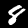
Label: 8